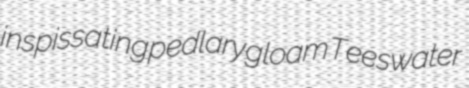
inspissating pedlary gloam Teeswater